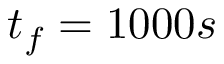
t _ { f } = 1 0 0 0 s